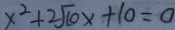
x ^ { 2 } + 2 \sqrt { 1 0 } x + 1 0 = 0